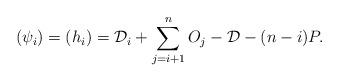
LaTeX: \begin{align*} (\psi_i) = (h_i) = \mathcal{D}_i + \sum_{j=i+1}^n O_j - \mathcal{D} - (n-i) P.\end{align*}